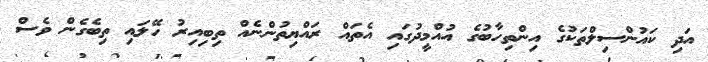
އަދި ކައުންސިލްތަކުގެ އިންތިހާބުގެ އުއްމީދުގައި އެތައް ރައްޔިތުންނެއް ތިބިއިރު ހޭލައި ތިބެގެން ވެސް